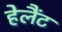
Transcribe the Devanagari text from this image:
हेलैंट